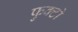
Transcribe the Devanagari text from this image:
फुक्टो